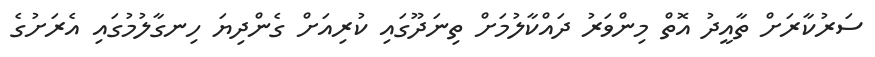
ސަރުކާރަށް ތާއީދު އޮތް މިންވަރު ދައްކާލުމަށް ތިނަދޫގައި ކުރިއަށް ގެންދިޔަ ހިނގާލުމުގައި އެރަށުގެ